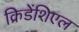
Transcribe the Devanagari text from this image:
क्रिडेंशिएल